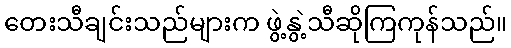
တေးသီချင်းသည်များက ဖွဲ့နွဲ့သီဆိုကြကုန်သည်။